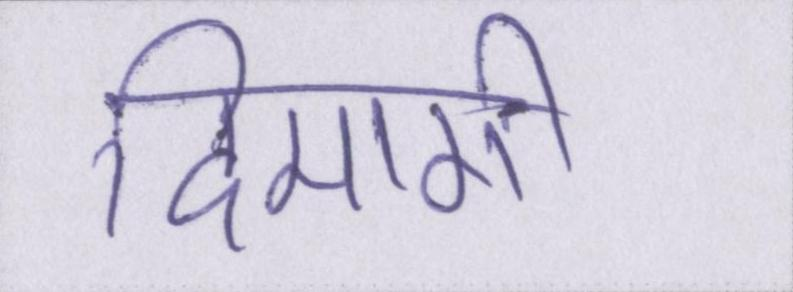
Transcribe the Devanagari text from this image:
दिमागी